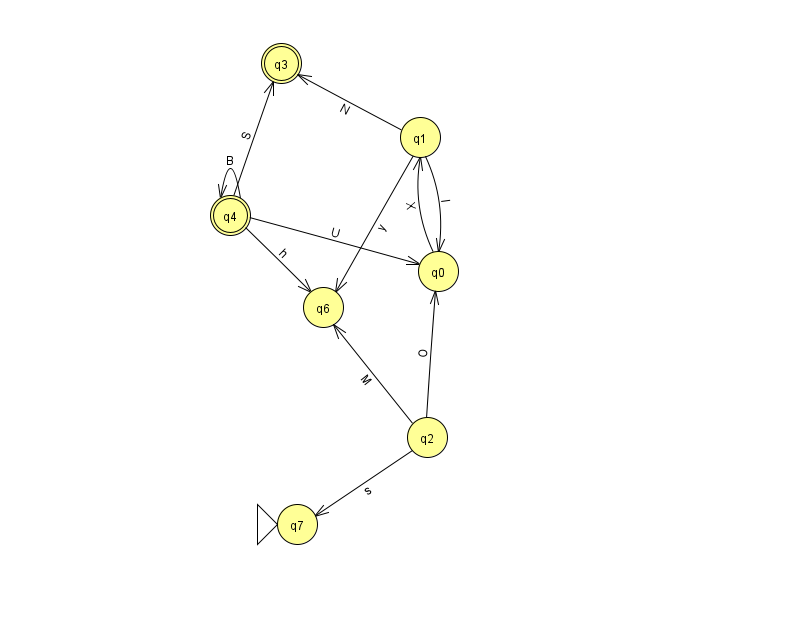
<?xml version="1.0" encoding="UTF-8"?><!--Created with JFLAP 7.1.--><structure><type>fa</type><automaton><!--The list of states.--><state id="0" name="q0"><x>438.0</x><y>258.0</y></state><state id="1" name="q1"><x>420.0</x><y>124.0</y></state><state id="2" name="q2"><x>427.0</x><y>424.0</y></state><state id="3" name="q3"><x>281.0</x><y>50.0</y><final/></state><state id="4" name="q4"><x>230.0</x><y>202.0</y><final/></state><state id="6" name="q6"><x>323.0</x><y>294.0</y></state><state id="7" name="q7"><x>297.0</x><y>511.0</y><initial/></state><!--The list of transitions.--><transition><from>4</from><to>6</to><read>h</read></transition><transition><from>2</from><to>6</to><read>M</read></transition><transition><from>4</from><to>4</to><read>B</read></transition><transition><from>4</from><to>0</to><read>U</read></transition><transition><from>1</from><to>0</to><read>I</read></transition><transition><from>0</from><to>1</to><read>X</read></transition><transition><from>2</from><to>7</to><read>s</read></transition><transition><from>1</from><to>6</to><read>y</read></transition><transition><from>4</from><to>3</to><read>S</read></transition><transition><from>1</from><to>3</to><read>N</read></transition><transition><from>2</from><to>0</to><read>O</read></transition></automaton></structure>